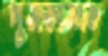
পুসকাসকে